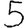
Digit: 5